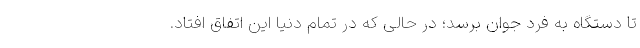
تا دستگاه به فرد جوان برسد؛ در حالی که در تمام دنیا این اتفاق افتاد.